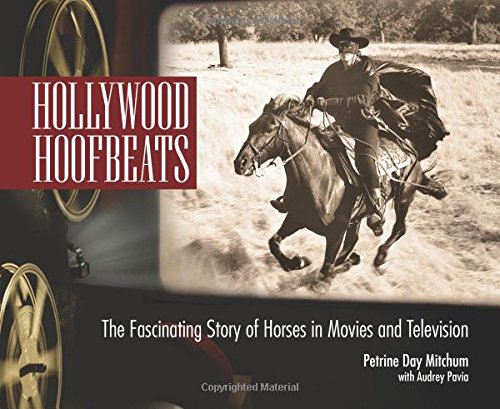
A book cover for Hollywood Hoofbeats: The Fascinating Story of Horses in Movies and Television; Petrine Day Mitchum; Humor & Entertainment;